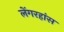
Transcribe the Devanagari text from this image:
लेंगरहांस